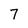
Character: 7